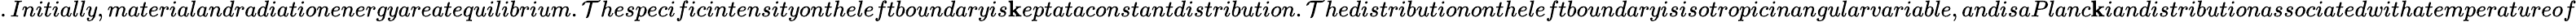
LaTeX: .Initially,materialandradiationenergyareatequilibrium.\mathcal{T}hespecificintensityontheleftboundaryis\mathbf{k}eptataconstantdistribution.\mathcal{T}hedistributionontheleftboundaryisisotropicinangularvariable,andisaPlanc\mathbf{k}iandistributionassociatedwithatemperatureof